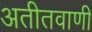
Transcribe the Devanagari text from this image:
अतीतवाणी